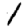
Digit: 1